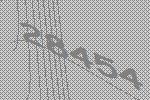
28454